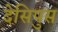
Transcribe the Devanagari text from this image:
देसिपुस